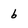
Character: b